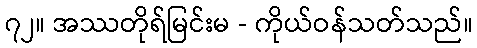
၇၂။ အဿတိုရ်မြင်းမ - ကိုယ်ဝန်သတ်သည်။